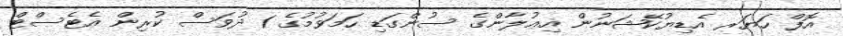
އޮފް ހަޔަރ އެޑިޔުކޭޝަނުން އިޢުލާންގެ ސުންގަޑި ހަމަވުމުގެ 1 ދުވަސް ކުރިން އެޓެސްޓް